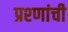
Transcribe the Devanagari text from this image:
प्रश्णांची